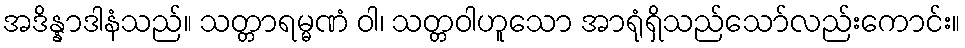
အဒိန္နာဒါနံသည်။ သတ္တာရမ္မဏံ ဝါ၊ သတ္တဝါဟူသော အာရုံရှိသည်သော်လည်းကောင်း။